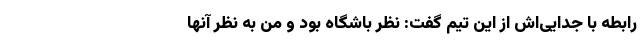
رابطه با جدایی‌اش از این تیم گفت: نظر باشگاه بود و من به نظر آنها